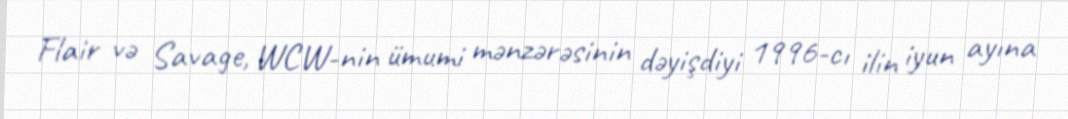
Flair və Savage, WCW-nin ümumi mənzərəsinin dəyişdiyi 1996-cı ilin iyun ayına